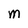
Character: M